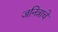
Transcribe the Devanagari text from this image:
जनित्राचे